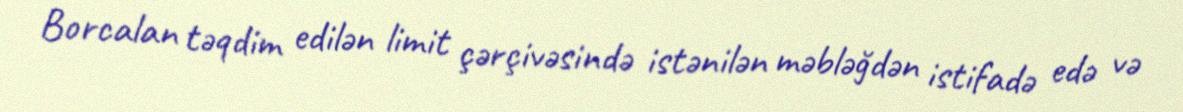
Borcalan təqdim edilən limit çərçivəsində istənilən məbləğdən istifadə edə və